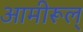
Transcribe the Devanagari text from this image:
आमीरूल्